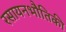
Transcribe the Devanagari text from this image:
रसायनभौतिकी